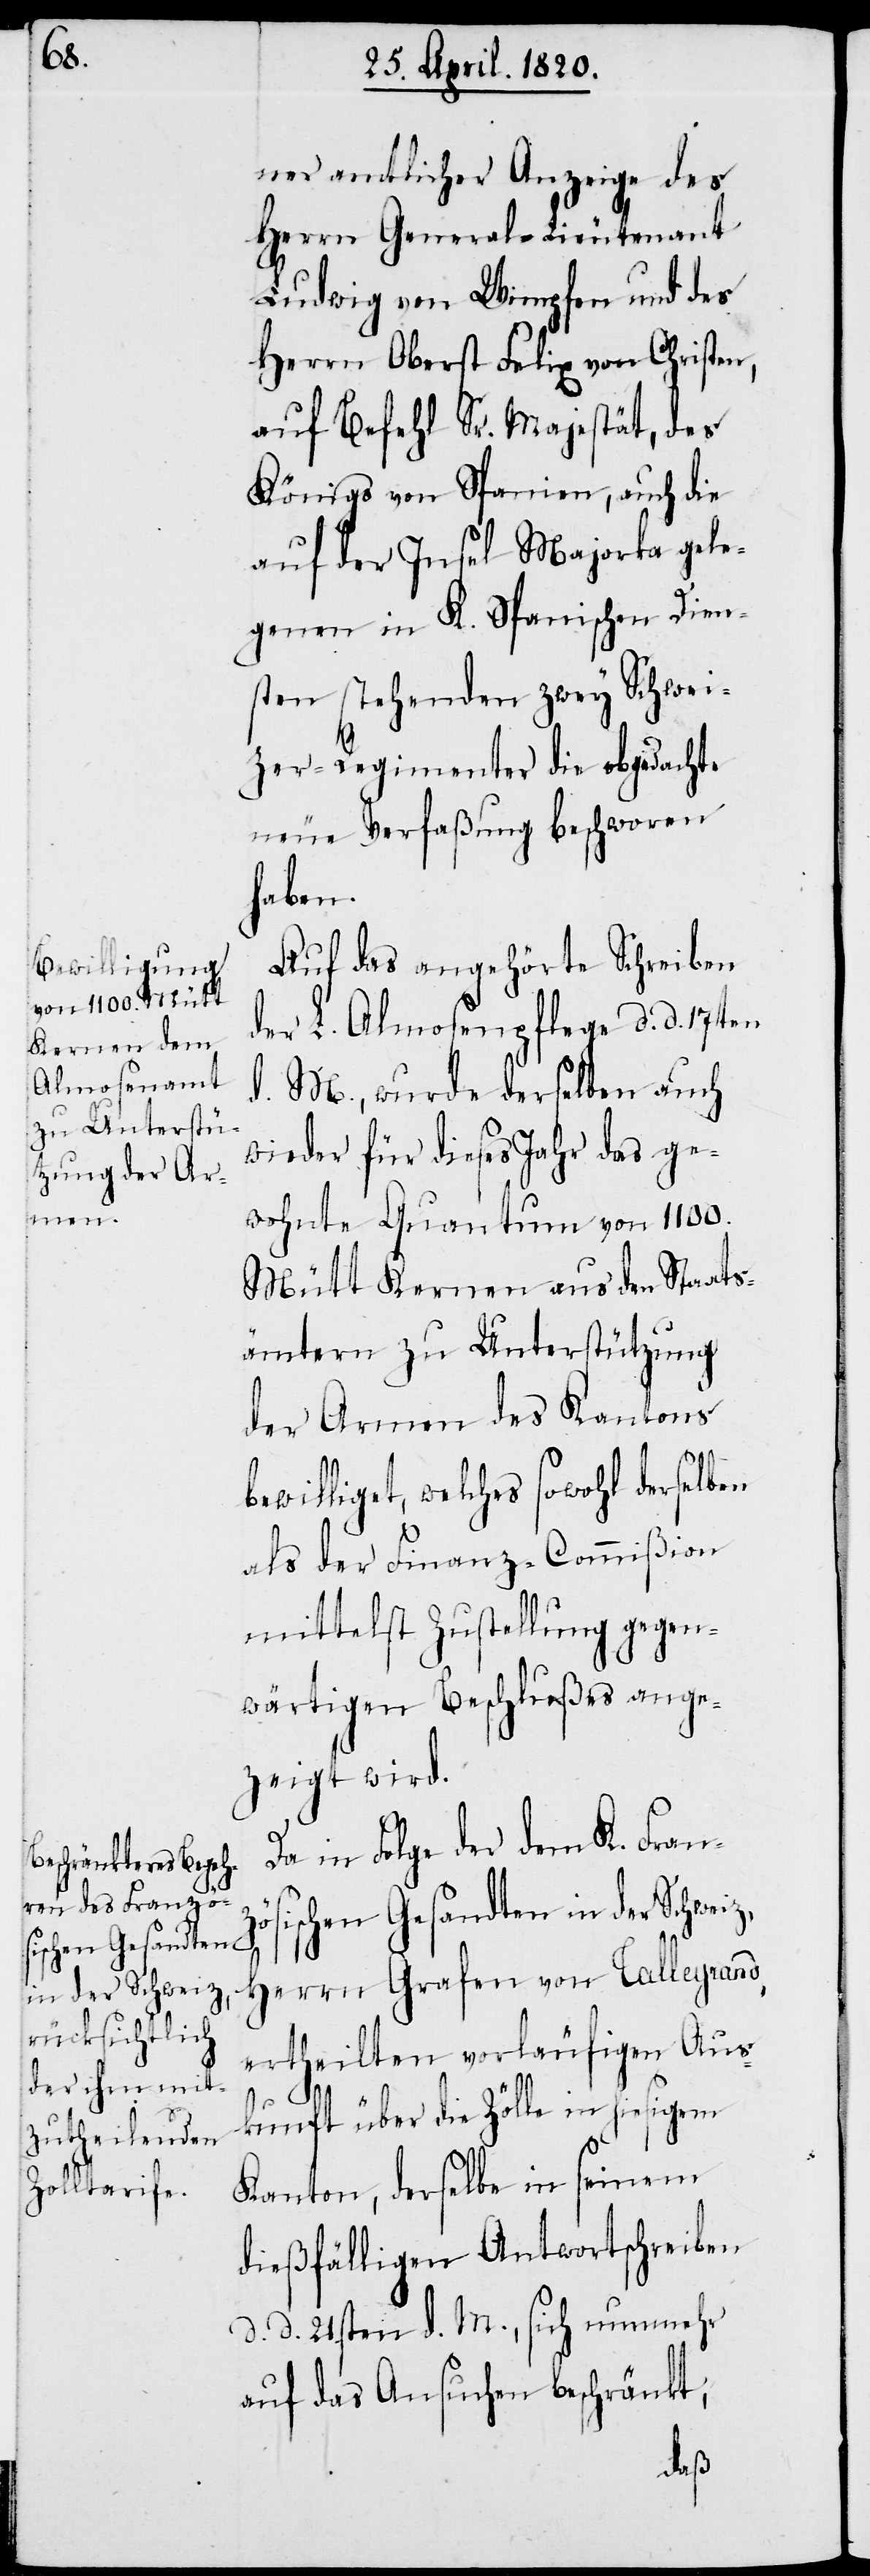
ner amtlicher Anzeige des
Herrn General-Lieutenant
Ludwig von Wimpfen und des
Herrn Oberst Felix von Christen,
auf Befehl Sr. Majestät, des
Königs von Spanien, auch die
auf der Insel Majorka gele¬
gene in K. Spanischen Dien¬
sten stehenden zwey Schwei¬
zer-Regimenter die abgedachte
neue Verfaßung beschworen
haben.
Auf das angehörte Schreiben
der L. Almosenpflege d. d. 17ten
d. M., wurde derselben auch
wieder für dieses Jahr das ge¬
wohnte Quantum von 1100.
Mütt Kernen aus den Staats¬
ämtern zu Unterstützung
der Armen des Kantons
bewilliget, welches sowohl derselben
als der Finanz-Commißion
mittelst Zustellung gegen¬
wärtigen Beschlußes ange¬
zeigt wird.
Da in Folge der dem K. Franz¬
ösischen Gesandten in der Schweiz,
Herrn Grafen von Talleyrand,
ertheilten vorläufigen Aus¬
kunft über die Zölle in hiesigem
Kanton, derselbe in seinem
dießfälligen Antwortschreiben
d. d. 21sten d. M., sich nunmehr
auf das Ansuchen beschränkt,